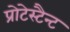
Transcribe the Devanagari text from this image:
प्रोटेस्टैन्ट